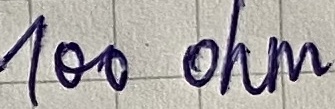
Text: 100 ohm